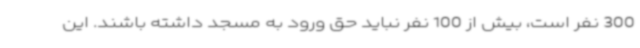
300 نفر است، بیش از 100 نفر نباید حق ورود به مسجد داشته باشند. این